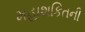
મહાશકિતની